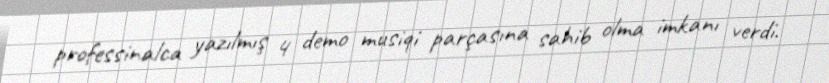
professinalca yazılmış 4 demo musiqi parçasına sahib olma imkanı verdi.